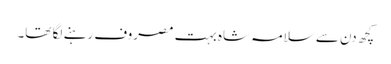
کچھ دن سے سلامہ شاہ بہت مصروف رہنے لگا تھا۔